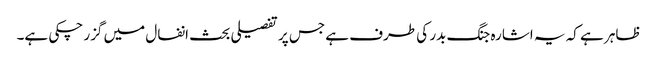
ظاہر ہے کہ یہ اشارہ جنگ بدر کی طرف ہے جس پر تفصیلی بحث انفال میں گزر چکی ہے۔